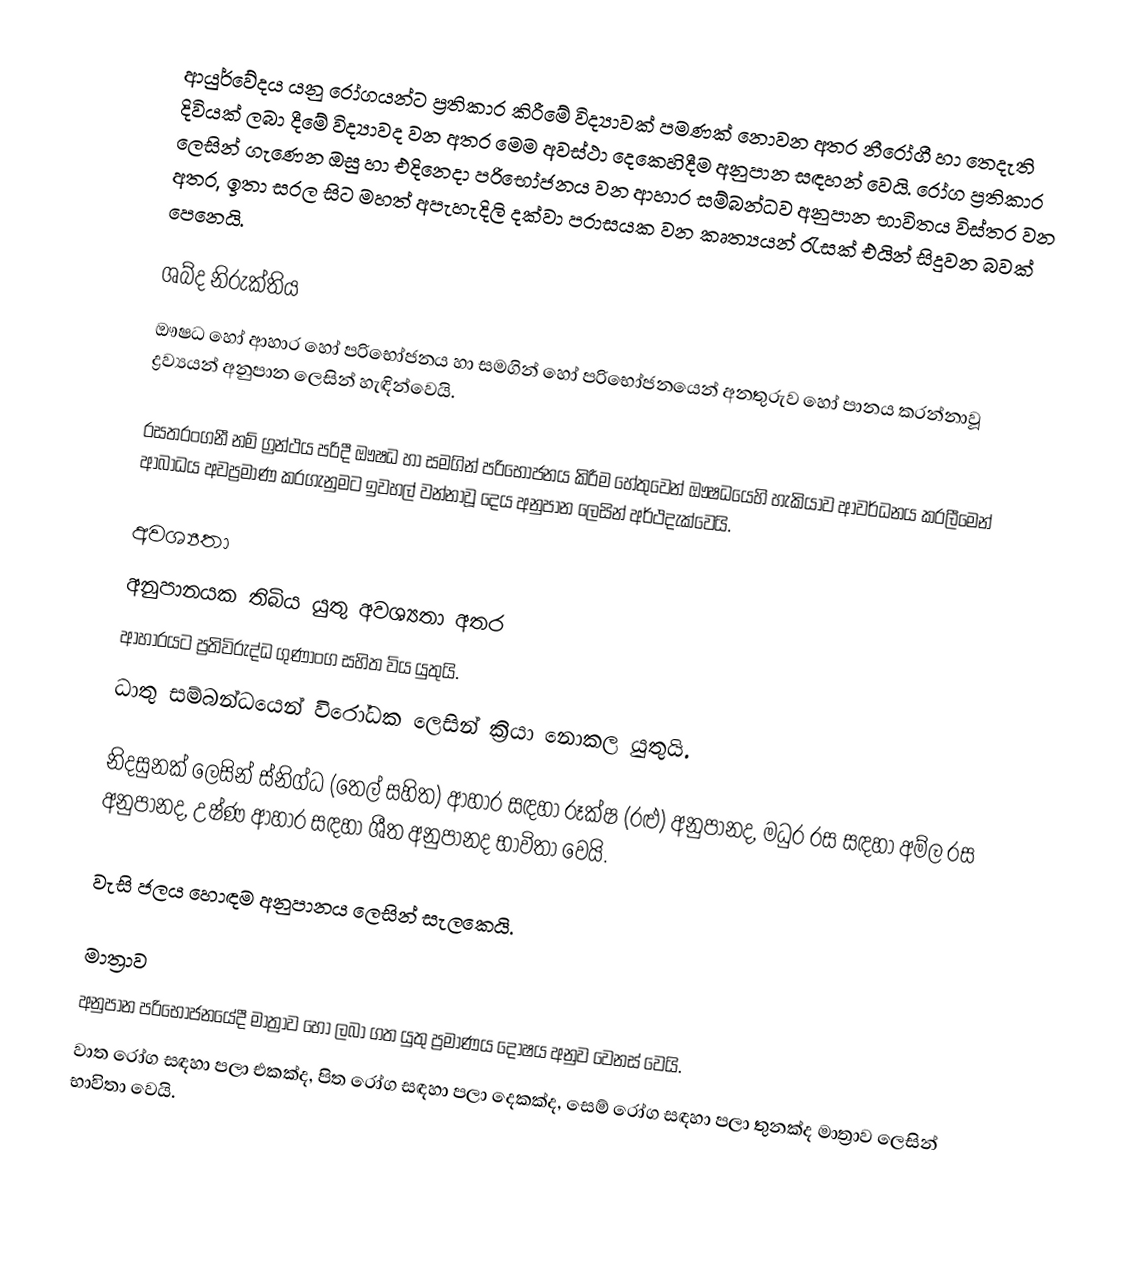
ආයුර්වේදය යනු රෝගයන්ට ප්‍රතිකාර කිරීමේ විද්‍යාවක් පමණක් නොවන අතර නීරෝගී හා තෙදැති දිවියක් ලබා දීමේ විද්‍යාවද වන අතර මෙම අවස්ථා දෙකෙහිදීම අනුපාන සඳහන් වෙයි. රෝග ප්‍රතිකාර ලෙසින් ගැණෙන ඔසු හා එදිනෙදා පරිභෝජනය වන ආහාර සම්බන්ධව අනුපාන භාවිතය විස්තර වන අතර, ඉතා සරල සිට මහත් අපැහැදිලි දක්වා පරාසයක වන කෘත්‍යයන් රැසක් එයින් සිදුවන බවක් පෙනෙයි.

ශබ්ද නිරුක්තිය
ඖෂධ හෝ ආහාර හෝ පරිභෝජනය හා සමගින් හෝ පරිභෝජනයෙන් අනතුරුව හෝ පානය කරන්නාවූ ද්‍රව්‍යයන් අනුපාන ලෙසින් හැඳින්වෙයි.

රසතරංගනී නම් ග්‍රන්ථය පරිදී ඖෂධ හා සමගින් පරිභෝජනය කිරීම හේතුවෙන් ඖෂධයෙහි හැකියාව ආවර්ධනය කරලීමෙන් ආබාධය අවප්‍රමාණ කරගැනුමට ඉවහල් වන්නාවූ දෙය අනුපාන ලෙසින් අර්ථදැක්වෙයි.

අවශ්‍යතා
අනුපානයක තිබිය යුතු අවශ්‍යතා අතර
ආහාරයට ප්‍රතිවිරුද්ධ ගුණාංග සහිත විය යුතුයි.
ධාතු සම්බන්ධයෙන් විරෝධක ලෙසින් ක්‍රියා නොකල යුතුයි.

නිදසුනක් ලෙසින් ස්නිග්ධ (තෙල් සහිත) ආහාර සඳහා රූක්ෂ (රළු) අනුපානද, මධුර රස සඳහා අම්ල රස අනුපානද, උෂ්ණ ආහාර සඳහා ශීත අනුපානද භාවිතා වෙයි.

වැසි ජලය හොඳම අනුපානය ලෙසින් සැලකෙයි.

මාත්‍රාව
අනුපාන පරිභෝජනයේදී මාත්‍රාව හෝ ලබා ගත යුතු ප්‍රමාණය දෝෂය අනුව වෙනස් වෙයි.
වාත රෝග සඳහා පලා එකක්ද, පිත රෝග සඳහා පලා දෙකක්ද, සෙම් රෝග සඳහා පලා තුනක්ද මාත්‍රාව ලෙසින් භාවිතා වෙයි.